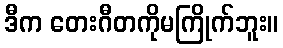
ဒီက တေးဂီတကိုမကြိုက်ဘူး။